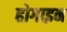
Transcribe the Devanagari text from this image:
होगाइन